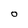
Character: 0